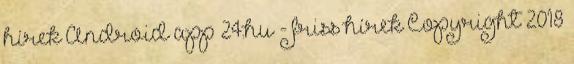
hírek Android app 24.hu - friss hírek Copyright 2018